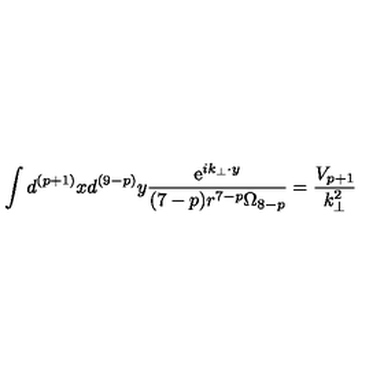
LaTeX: \int d ^ { ( p + 1 ) } x d ^ { ( 9 - p ) } y \frac { \mathrm { e } ^ { i k _ { \bot } \cdot y } } { ( 7 - p ) r ^ { 7 - p } \Omega _ { 8 - p } } = \frac { V _ { p + 1 } } { k _ { \bot } ^ { 2 } }